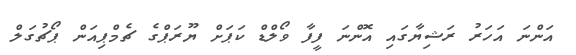
އަންނަ އަހަރު ރަޝިޔާގައި އޮންނަ ފީފާ ވޯލްޑް ކަޕަށް ޔޫރަޕްގެ ޗެމްޕިއަން ޕޯޗުގަލް